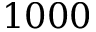
1 0 0 0